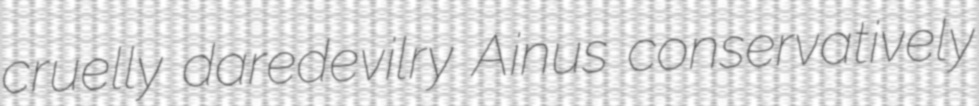
cruelly daredevilry Ainus conservatively